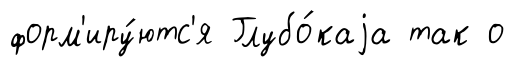
форм'иру́ютс'я Глубо́каjа так о